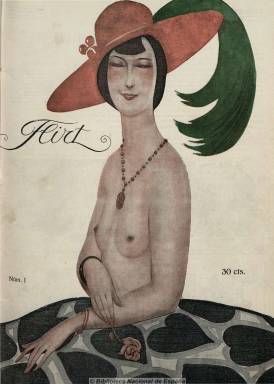
Título: Flirt (Madrid)
Colección: Revistas licenciosas
Ámbito geográfico: Madrid
Lugar de publicación: Madrid
Fechas: 09/02/1922-28/12/1922

Arquetipo de las denominadas revistas galantes o ligeras, considerada como la primera revista madrileña de este carácter, dirigida al “caballero libertino”, editada con un extraordinario arte por Prensa Popular y fundada y dirigida por José de Urquía. Aparecía los jueves en números de 16 páginas, con reportajes, artículos narraciones cortas, antologías y viñetas, especialmente humorísticas. Su portada estaba reservada a una artista y en su interior eran insertadas bellas estampas, con una pulcra impresión a color.

Colaboraron en ella los más destacados periodistas de la época, excluidos, claro está, los ultramontanos, y entre sus firmas aparecen la de Federico García Sanchís, Manuel Linares Rivas, Wenceslao Fernández Flórez, Emilio Carrere, Joaquín Belda, Antón de Olmet, Rafael Cansinos Assens, Ramón Gómez de la Serna (con su sección, “La mujer de la semana”) o Tomás Borrás, entre otros muchos. Entre sus dibujantes y caricaturistas estuvieron Manuel Tovar, Emilio Reyes, Larraya, Penagos, Perals o Tito. Tuvo secciones dedicadas a perfiles de mujeres y apuntes al natural.

La revista tuvo dos épocas bien diferenciadas. La primera hasta el 16 de septiembre de 1923, y la siguiente, en la que sufrió la mordaza, como el resto de la prensa, por la censura previa de la Dictadura primoriverista, hasta su desaparición en 1925.